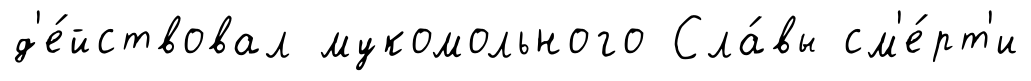
д'е́йствовал мукомольного Сла́вы см'е́рт'и